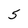
Character: 5